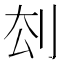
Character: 𠛗